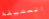
العشيقة